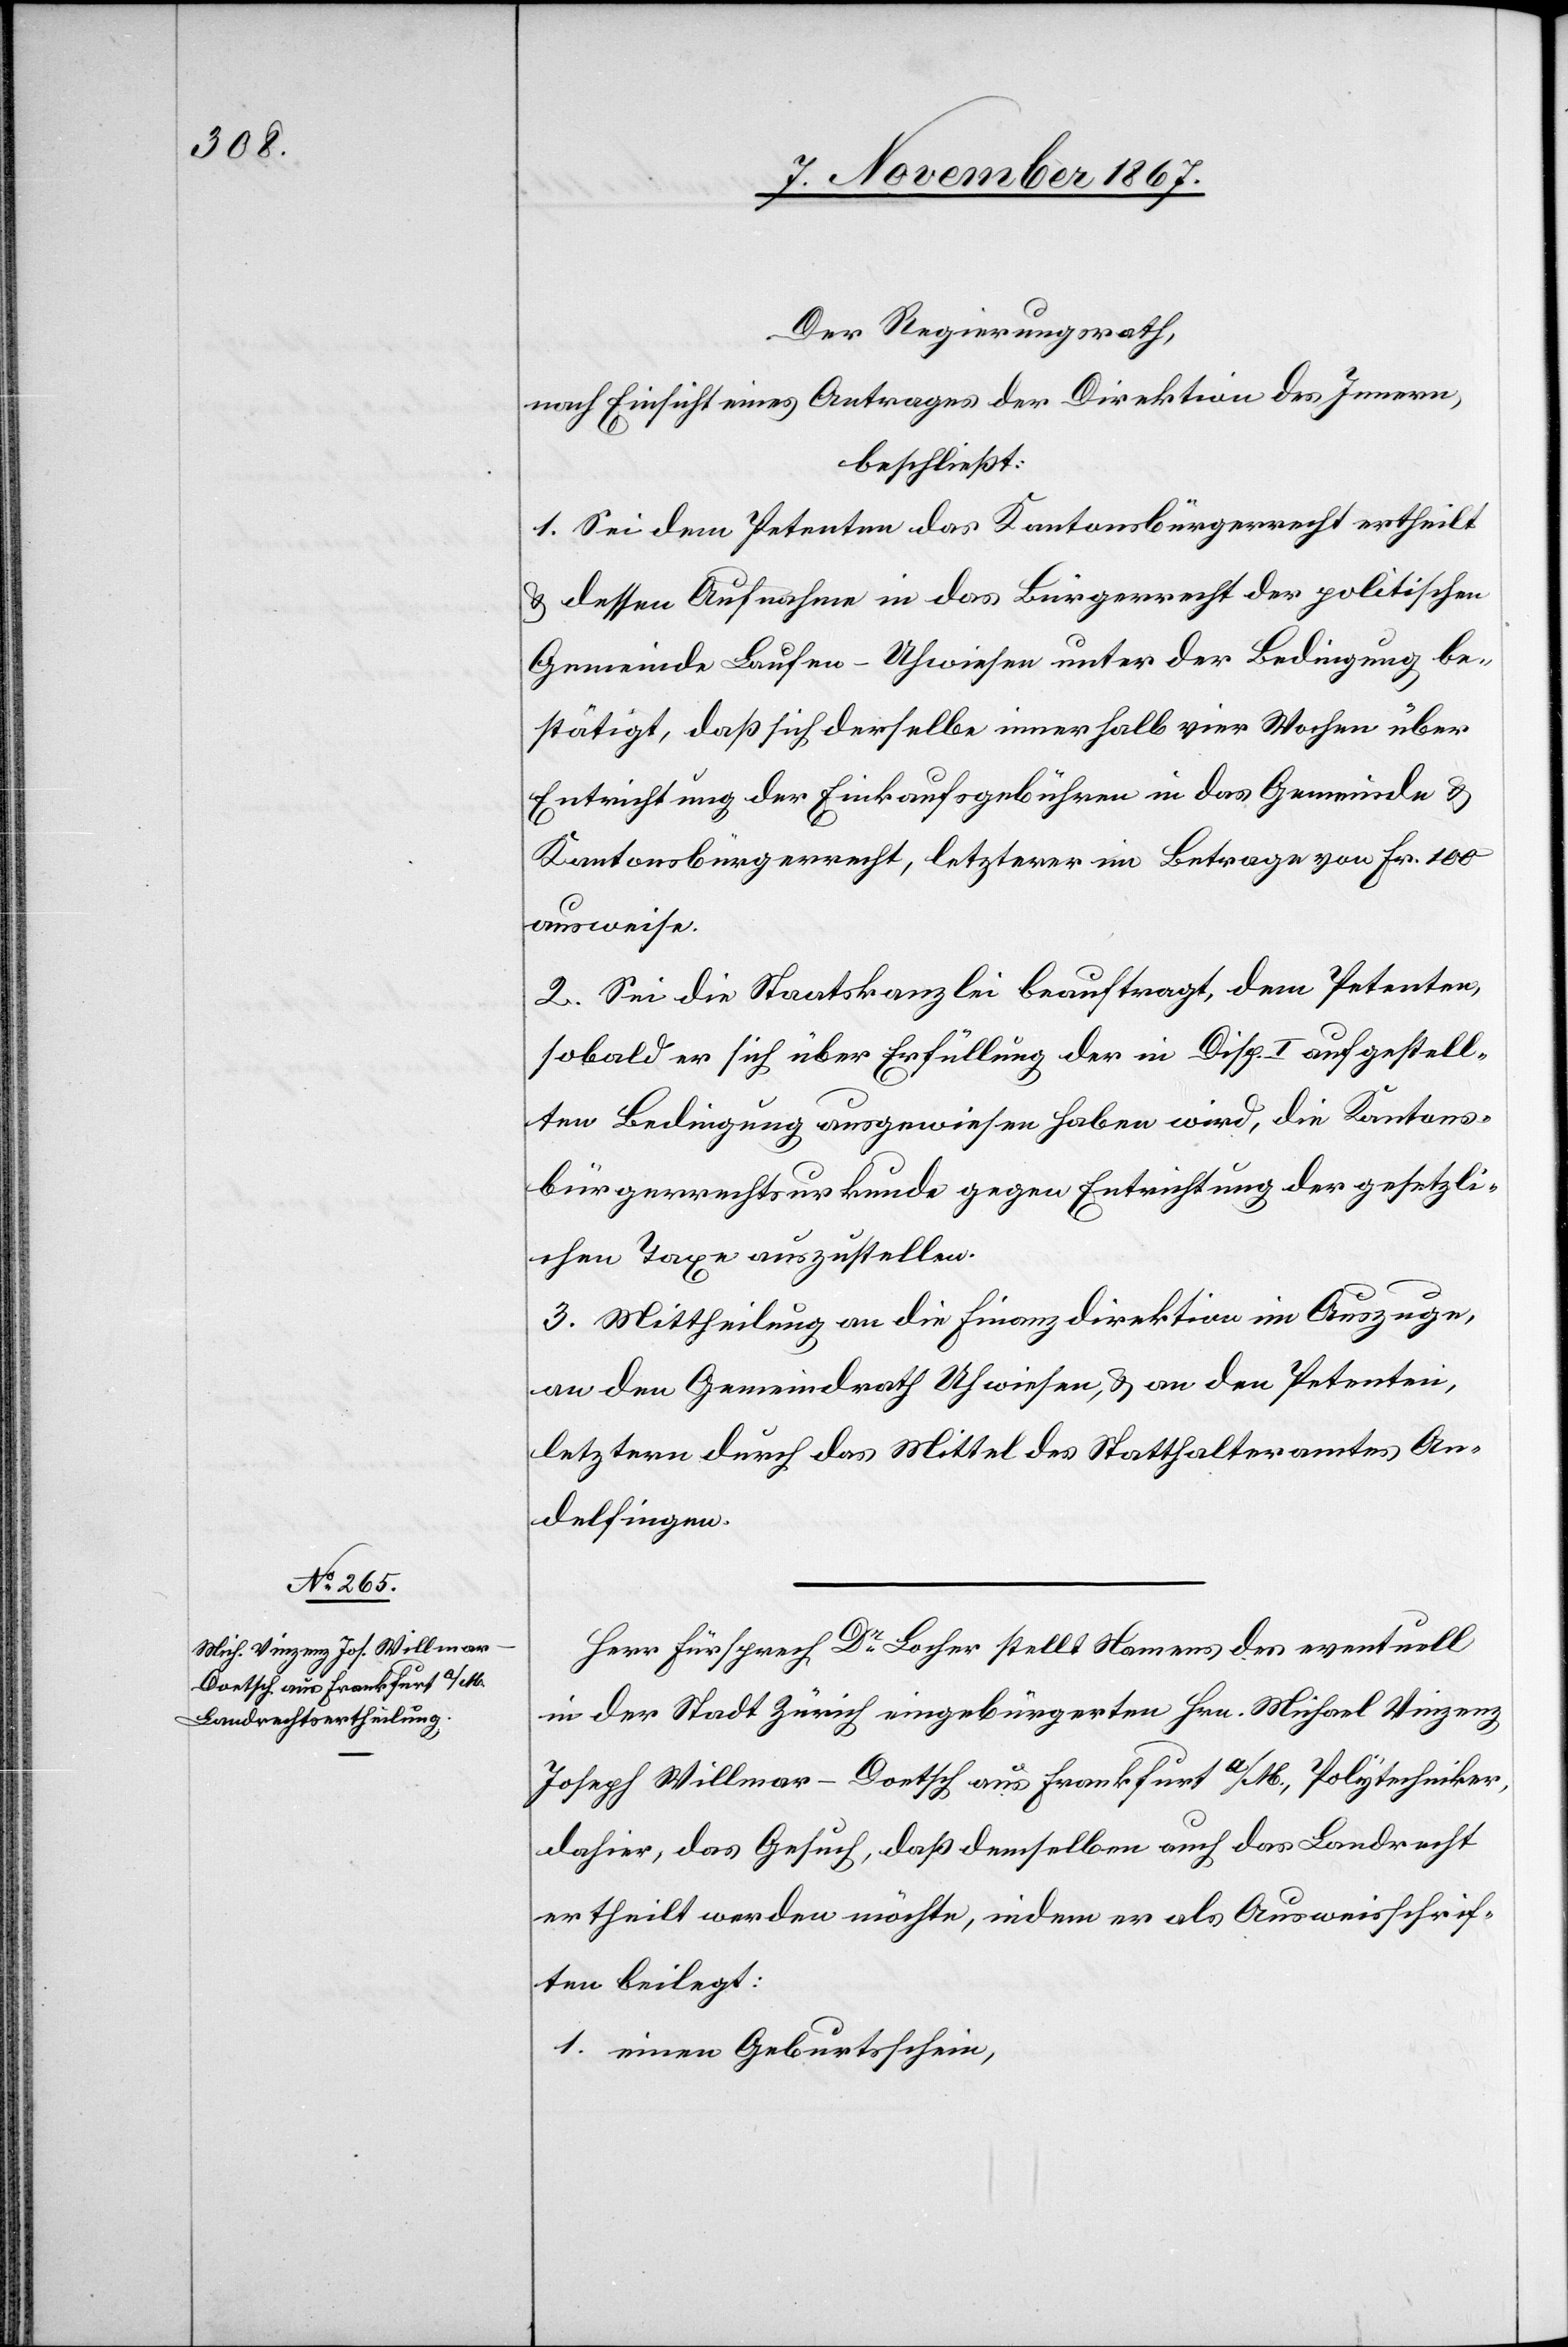
Der Regierungsrath,
nach Einsicht eines Antrages der Direktion des Innern,
beschließt:
1. Sei dem Petenten das Kantonsbürgerrecht ertheilt
u. dessen Aufnahme in das Bürgerrecht der politischen
Gemeinde Laufen-Uhwiesen unter der Bedingung be¬
stätigt, daß sich derselbe innerhalb vier Wochen über
Entrichtung der Einkaufsgebühren in das Gemeinde u.
Kantonsbürgerrecht, letzterer im Betrage von Fr. 100
ausweise.
2. Sei die Staatskanzlei beauftragt, dem Petenten,
sobald er sich über Erfüllung der in Disp. I aufgestell¬
ten Bedingung ausgewiesen haben wird, die Kantons¬
bürgerrechtsurkunde gegen Entrichtung der gesetzli¬
chen Taxe auszustellen.
3. Mittheilung an die Finanzdirektion im Auszuge,
an den Gemeindrath Uhwiesen, u. an den Petenten,
letztern durch das Mittel des Statthalteramtes An¬
delfingen.
Der Fürsprech Dr Locher stellt Namens des eventuell
in der Stadt Zürich eingebürgerten Hrn. Michael Vinzenz
Joseph Willmar-Dortsch aus Frankfurt a/M., Polytechniker
dahier, das Gesuch, daß demselben auch das Landrecht
ertheilt werden möchten, indem er als Ausweisschrif¬
ten beilegt:
1. einen Geburtsschein,